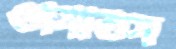
গুনিতিস